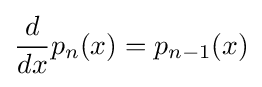
{d \over dx}p_{n}(x)=p_{n-1}(x)